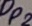
Text: DP2